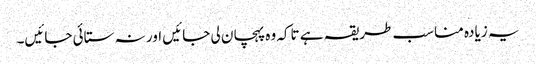
یہ زیادہ مناسب طریقہ ہے تاکہ وہ پہچان لی جائیں اور نہ ستائی جائیں۔